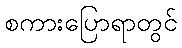
စကားပြောရာတွင်